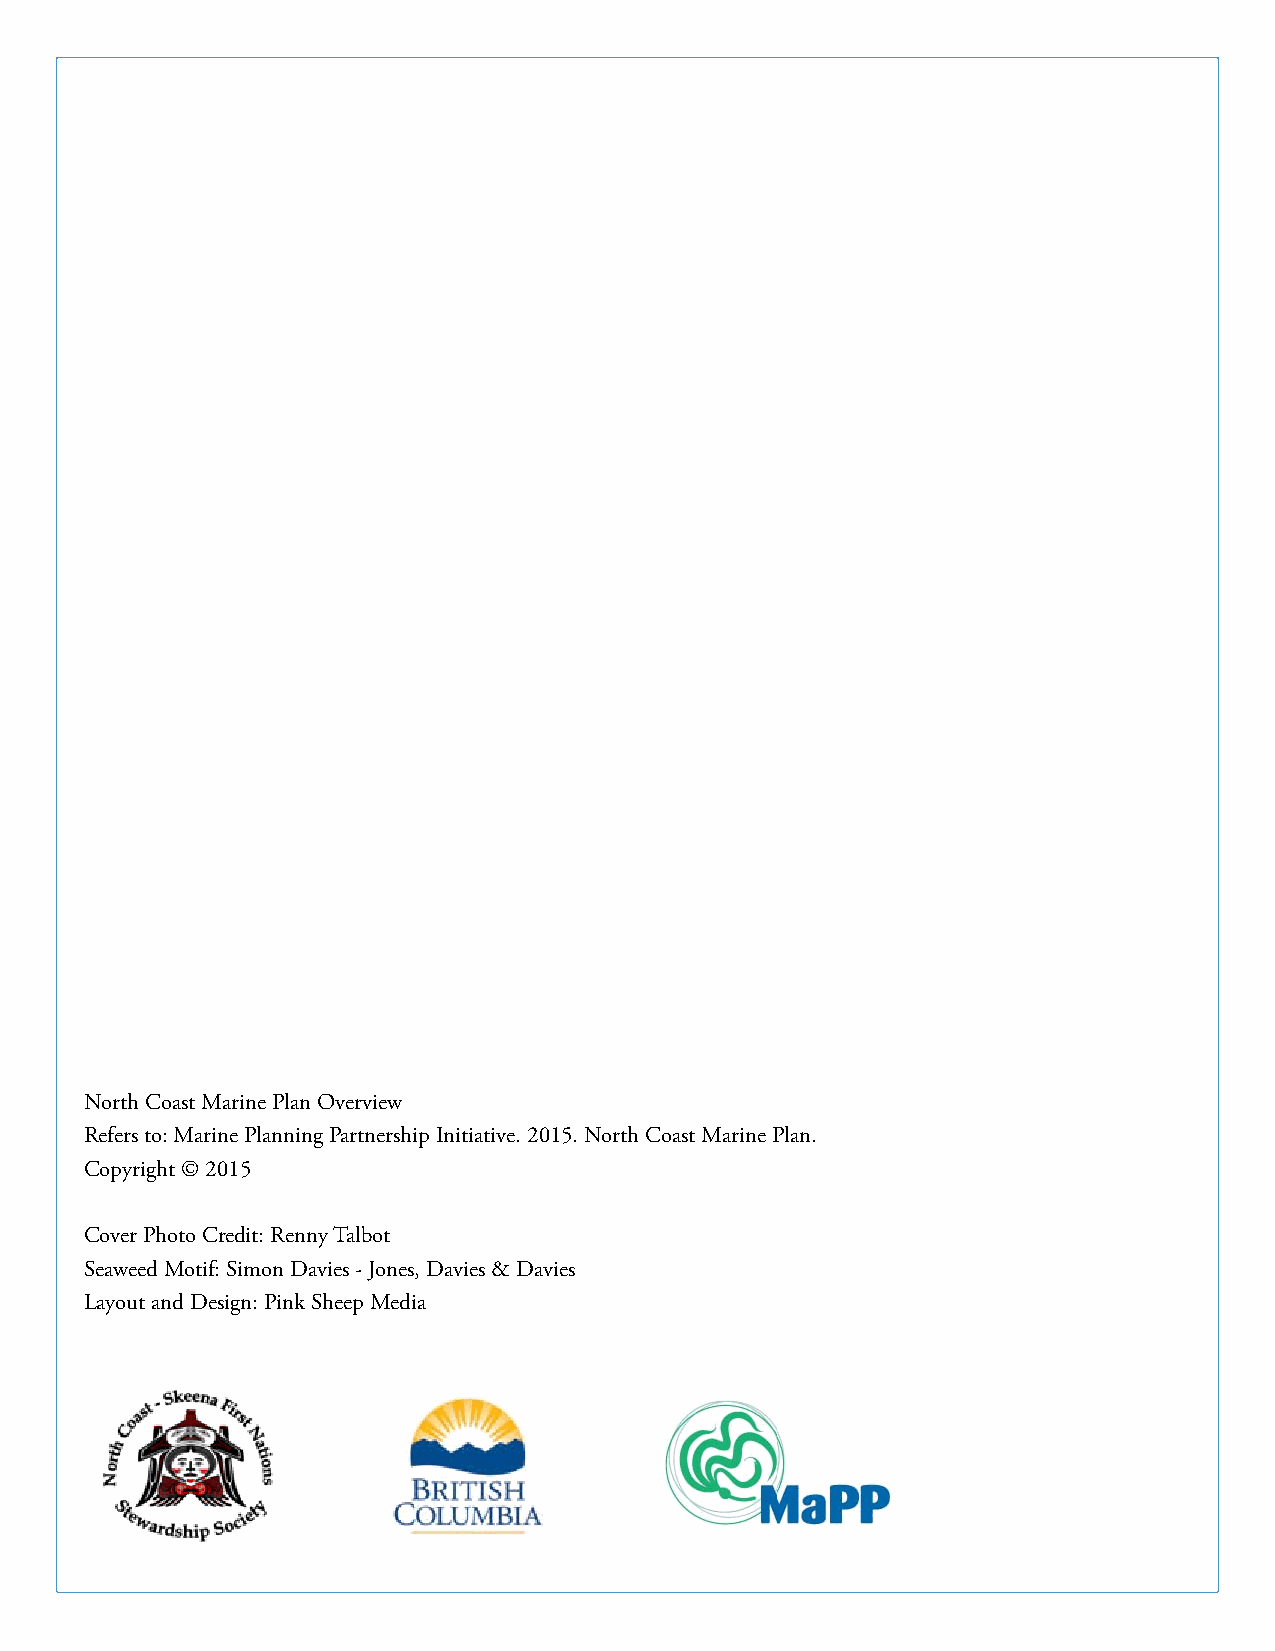
North Coast Marine Plan Overview
 Refers to: Marine Planning Partnership Initiative. 2015. North Coast Marine Plan.
 Copyright © 2015
 Cover Photo Credit: Renny Talbot
 Seaweed Motif: Simon Davies - Jones, Davies & Davies
 Layout and Design: Pink Sheep Media